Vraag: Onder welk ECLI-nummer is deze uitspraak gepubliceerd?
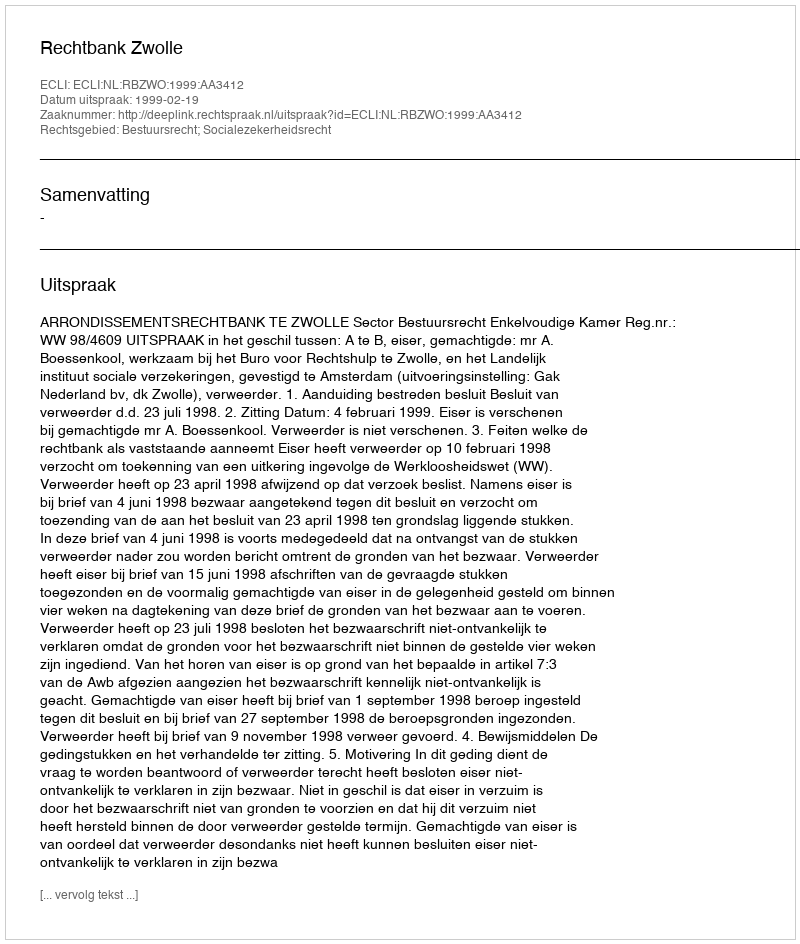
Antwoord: ECLI:NL:RBZWO:1999:AA3412